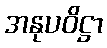
အနုပဝိဋ္ဌာ